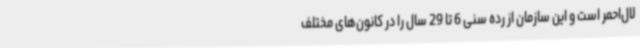
لال‌احمر است و این سازمان از رده سنی 6 تا 29 سال را در کانون‌های مختلف